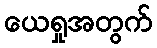
ယေရှုအတွက်